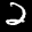
Label: 2